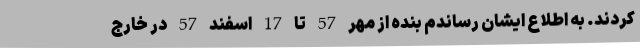
کردند. به اطلاع ایشان رساندم بنده از مهر 57 تا 17 اسفند 57 در خارج